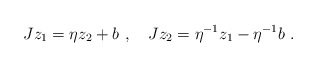
\begin{align*} Jz_1=\eta z_2+b~,~~~Jz_2=\eta^{-1} z_1-\eta^{-1} b~.\end{align*}